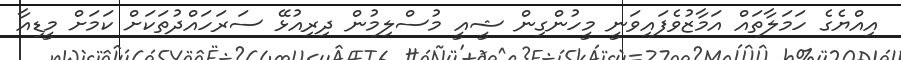
އިއްޔެގެ ހަމަލާތައް އަމާޒުވެފައިވަނީ މީހުންގިން ޝީއީ މުސްލިމުން ދިރިއުޅޭ ސަރަހައްދުތަކަށް ކަމަށް މީޑިއާ